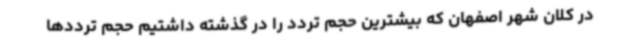
در کلان شهر اصفهان که بیشترین حجم تردد را در گذشته داشتیم حجم ترددها